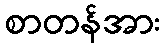
စာတန်အား